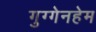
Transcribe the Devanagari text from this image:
गुग्गेनहेम